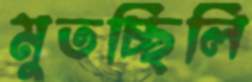
মুতচ্ছিলি